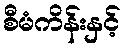
စီမံကိန်းနှင့်